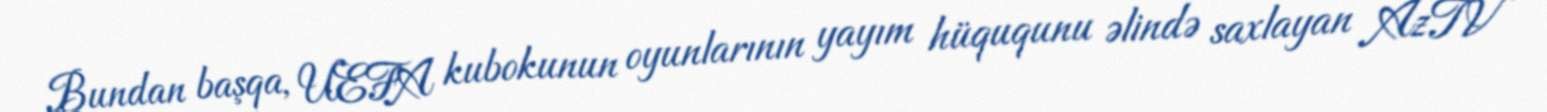
Bundan başqa, UEFA kubokunun oyunlarının yayım hüququnu əlində saxlayan AzTV